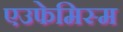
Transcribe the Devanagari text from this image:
एउफेमिस्म